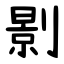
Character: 㔀